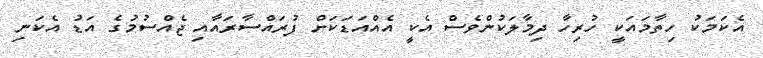
އެކަމަކު ހިތާމައަކީ ހުރިހާ ދިމާލަކުންވެސް އެކީ އެއްއަޑަކަށް ފުރައްސާރައާއި ޖެއްސުމުގެ އަޑު އެކަނި